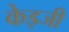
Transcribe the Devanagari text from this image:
केइजी